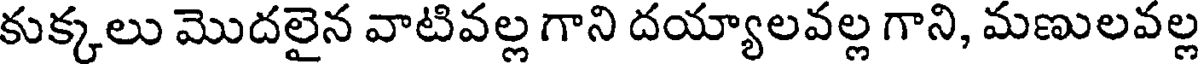
కుక్కలు మొదలైన వాటివల్ల గాని దయ్యాలవల్ల గాని, మణులవల్ల